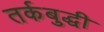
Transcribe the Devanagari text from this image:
तर्कबुद्धी